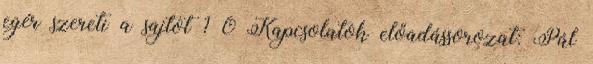
egér szereti a sajtot ? 0 Kapcsolatok előadássorozat: Pál